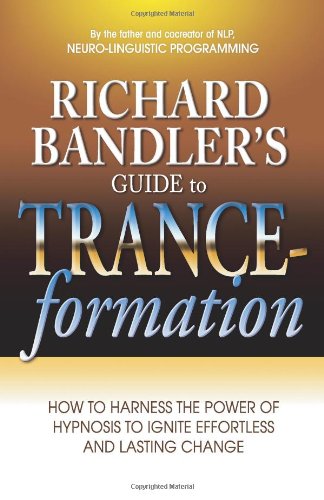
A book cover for Richard Bandler's Guide to Trance-formation: How to Harness the Power of Hypnosis to Ignite Effortless and Lasting Change; Richard Bandler; Self-Help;